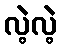
လဲ့လဲ့